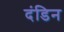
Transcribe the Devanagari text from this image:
दंडिन